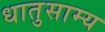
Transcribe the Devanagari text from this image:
धातुसाम्य